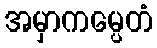
အမှာကမ္ပေတံ